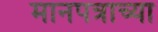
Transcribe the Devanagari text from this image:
मानपत्राच्या